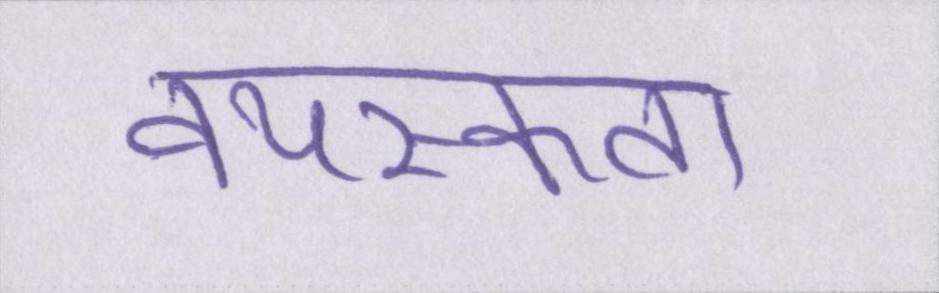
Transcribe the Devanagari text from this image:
वयस्कता